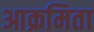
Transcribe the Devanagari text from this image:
आक्रमिता